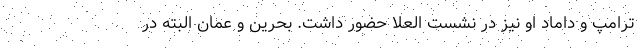
ترامپ و داماد او نیز در نشست العلا حضور داشت. بحرین و عمان البته در